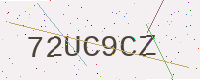
Text: 72UC9CZ